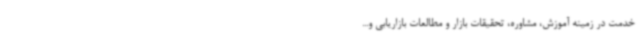
خدمت در زمینه آموزش، مشاوره، تحقیقات بازار و مطالعات بازاریابی و...